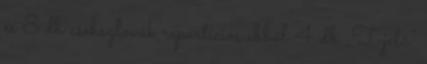
és 8 db csehszlovák repartíciós ebből 4 db „T-jelű”